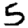
Digit: 5